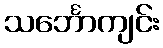
သင်္ဘောကျင်း